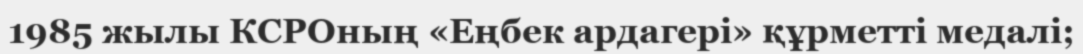
1985 жылы КСРОның «Еңбек ардагері» құрметті медалі;